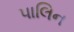
પાલિન